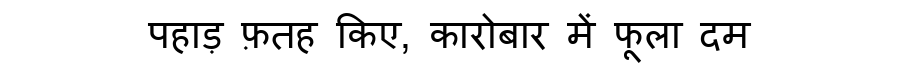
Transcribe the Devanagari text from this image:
पहाड़ फ़तह किए, कारोबार में फूला दम